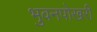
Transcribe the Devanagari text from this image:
भुवनपोखरी